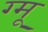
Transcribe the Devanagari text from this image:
ग्‍मू